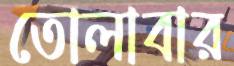
তোলাবার